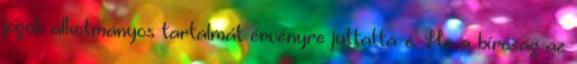
jogok alkotmányos tartalmát érvényre juttatta-e. Ha a bíróság az